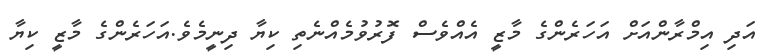
އަދި އިމްރާންއަށް އަހަރެންގެ މާޒީ އެއްވެސް ފޮރުވުމެއްނެތި ކިޔާ ދިނީމެވެ.އަހަރެންގެ މާޒީ ކިޔާ